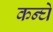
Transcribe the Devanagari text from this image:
कन्घे